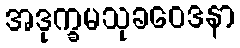
အဒုက္ခမသုခဝေဒနာ